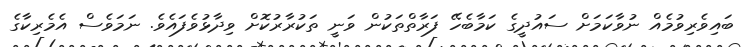
ބައިވެރިވުމެއް ނުވާކަމަށް ސައުދީގެ ކަމާބެހޭ ފަރާތްތަކުން ވަނީ ތަކުރާރުކޮށް ވިދާޅުވެފައެވެ. ނަމަވެސް އެމެރިކާގެ